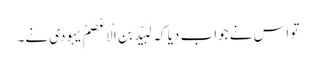
تو اس نے جواب دیا کہ لَبِیْد بن الْاَعْصَمْ یہودی نے۔